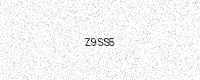
Text: Z9SS5